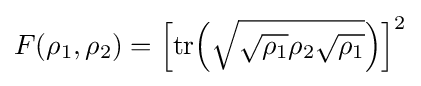
F(\rho _{1},\rho _{2})={\Big [}{\mbox{tr}}{\Big (}{\sqrt {{\sqrt {\rho _{1}}}\rho _{2}{\sqrt {\rho _{1}}}}}{\Big )}{\Big ]}^{2}